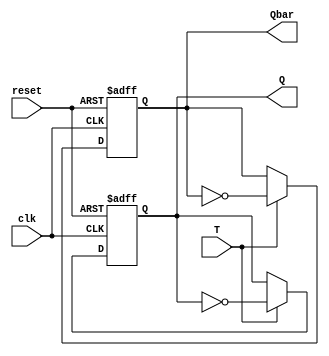
module TFF (
    input clk,
    input reset,
    input T,
    output reg Q,
    output reg Qbar
);

always @(posedge clk or posedge reset) begin
    if (reset) begin
        Q <= 1'b0;
        Qbar <= 1'b1;
    end else begin
        if (T) begin
            Q <= ~Q;
            Qbar <= ~Qbar;
        end
    end
end

endmodule